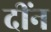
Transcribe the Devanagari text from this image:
दींन